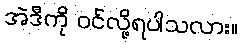
အဲဒီကို ဝင်လို့ရပါသလား။